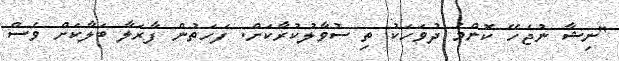
"ނިޝާ ނުޖެހޭ ކޮންމެ ދުވަހަކު ތި ސުވާލުކުރާކަށް. ފަހަތުން ފާރަލާ ބަލާކަށް ވެސް